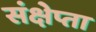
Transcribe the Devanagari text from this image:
संक्षेप्ता